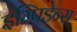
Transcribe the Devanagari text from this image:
इम्पिडेन्स